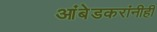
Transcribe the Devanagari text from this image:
आंबेडकरांनीही